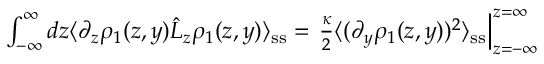
\begin{array} { r } { \int _ { - \infty } ^ { \infty } d z \langle \partial _ { z } \rho _ { 1 } ( z , y ) \hat { L } _ { z } \rho _ { 1 } ( z , y ) \rangle _ { \mathrm { s s } } = \left. \frac { \kappa } { 2 } \langle ( \partial _ { y } \rho _ { 1 } ( z , y ) ) ^ { 2 } \rangle _ { \mathrm { s s } } \right| _ { z = - \infty } ^ { z = \infty } } \end{array}